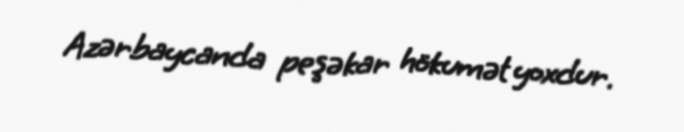
Azərbaycanda peşəkar hökumət yoxdur.